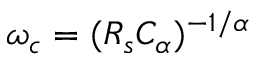
\omega _ { c } = ( R _ { s } C _ { \alpha } ) ^ { - 1 / \alpha }